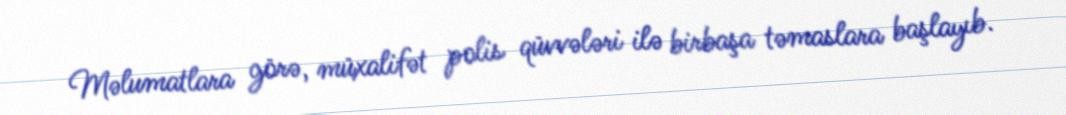
Məlumatlara görə, müxalifət polis qüvvələri ilə birbaşa təmaslara başlayıb.